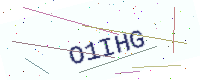
Text: O1IHG